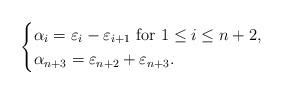
LaTeX: \begin{align*}\begin{cases}\alpha_i=\varepsilon_{i}-\varepsilon_{i+1}\ \mbox{for}\ 1\leq i\leq n+2,\\\alpha_{n+3}=\varepsilon_{n+2}+\varepsilon_{n+3}.\end{cases}\end{align*}